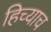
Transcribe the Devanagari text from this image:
हिच्याच